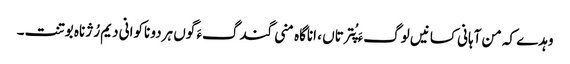
وہدے کہ من آہانی کسانیں لوگءَ پُترتاں ، اناگاہ منی گندگءَ گوں ہردو ناکوانی دیم رُژناہ بوتنت۔